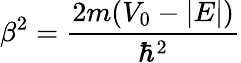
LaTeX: \beta^{2}={\frac{2m(V_{0}-|E|)}{\hbar^{2}}}